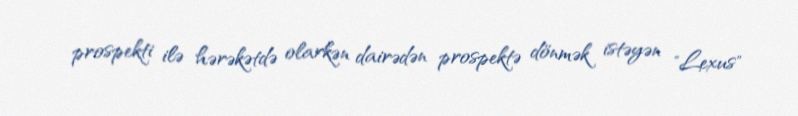
prospekti ilə hərəkətdə olarkən dairədən prospektə dönmək istəyən "Lexus"